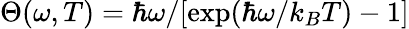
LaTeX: \Theta(\omega,T)=\hbar\omega/[\exp(\hbar\omega/k_{B}T)-1]